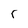
Character: r